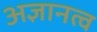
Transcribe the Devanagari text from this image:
अज्ञानत्व